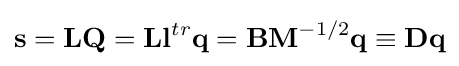
\mathbf {s} =\mathbf {L} \mathbf {Q} =\mathbf {L} \mathbf {l} ^{tr}\mathbf {q} =\mathbf {B} \mathbf {M} ^{-1/2}\mathbf {q} \equiv \mathbf {D} \mathbf {q}